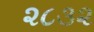
૨૮૩૨